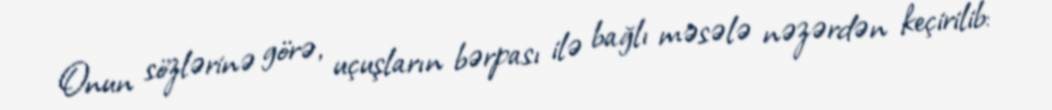
Onun sözlərinə görə, uçuşların bərpası ilə bağlı məsələ nəzərdən keçirilib: